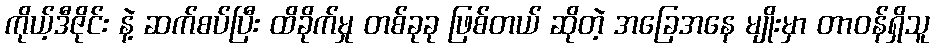
ကိုယ့်ဒီဇိုင်း နဲ့ ဆက်စပ်ပြီး ထိခိုက်မှု တစ်ခုခု ဖြစ်တယ် ဆိုတဲ့ အခြေအနေ မျိုးမှာ တာဝန်ရှိသူ